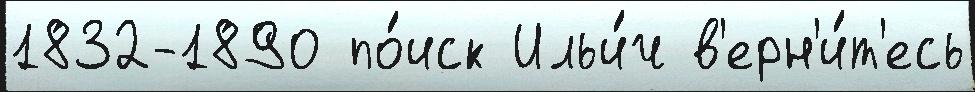
1832-1890 по́иск Ильи́ч в'ерн'и́т'есь